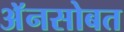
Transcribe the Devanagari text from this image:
अॅनसोबत